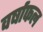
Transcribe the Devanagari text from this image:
वर्षाफल